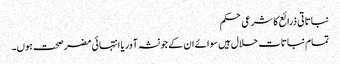
نباتاتی ذرائع کا شرعی حکم
تمام نباتات حلال ہیں سوائے ان کے جو نشہ آور یا انتہائی مضر صحت ہوں۔